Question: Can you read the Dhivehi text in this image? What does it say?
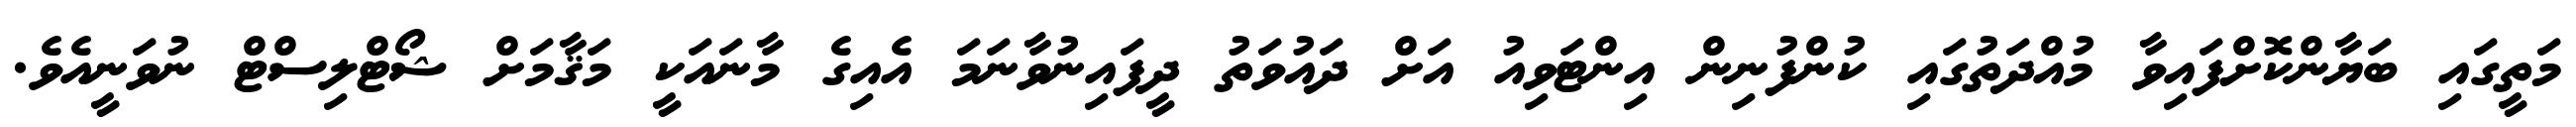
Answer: މަތީގައި ބަޔާންކޮށްފައިވާ މުއްދަތުގައި ކުންފުނިން އިންޓަވިއު އަށް ދައުވަތު ދީފައިނުވާނަމަ އެއިގެ މާނައަކީ މަޤާމަށް ޝޯޓްލިސްޓް ނުވަނީއެވެ.